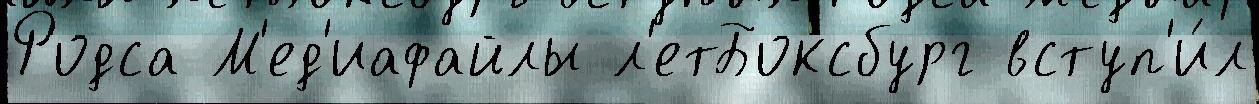
Родса М'ед'иафайлы л'етБоксбург вступ'и́л